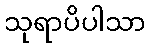
သုရာပိပါသာ